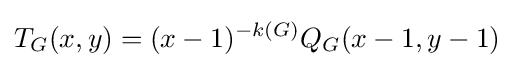
T_{G}(x,y)=(x-1)^{-k(G)}Q_{G}(x-1,y-1)